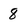
Character: 8